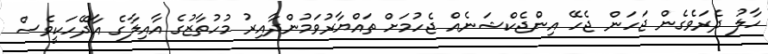
ހާލު ދެރަވެގެން ޖަހަން ޖެހޭ އިންޖެކްޝަނެއް ޖެހުމަށް ތައްޔާރުވަމުންދާއިރު މުހުތާޒުގެ އާއިލާގެ އާދޭހަކީވެސް